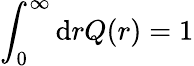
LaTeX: \int_{0}^{\infty}\mathrm{d}rQ(r)=1